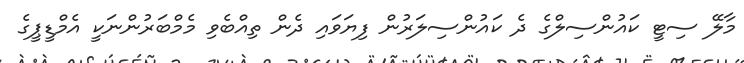
މާލޭ ސިޓީ ކައުންސިލްގެ ދެ ކައުންސިލަރުން ފިޔަވައި ދެން ތިއްބެވި މެމްބަރުންނަކީ އެމްޑީޕީގެ